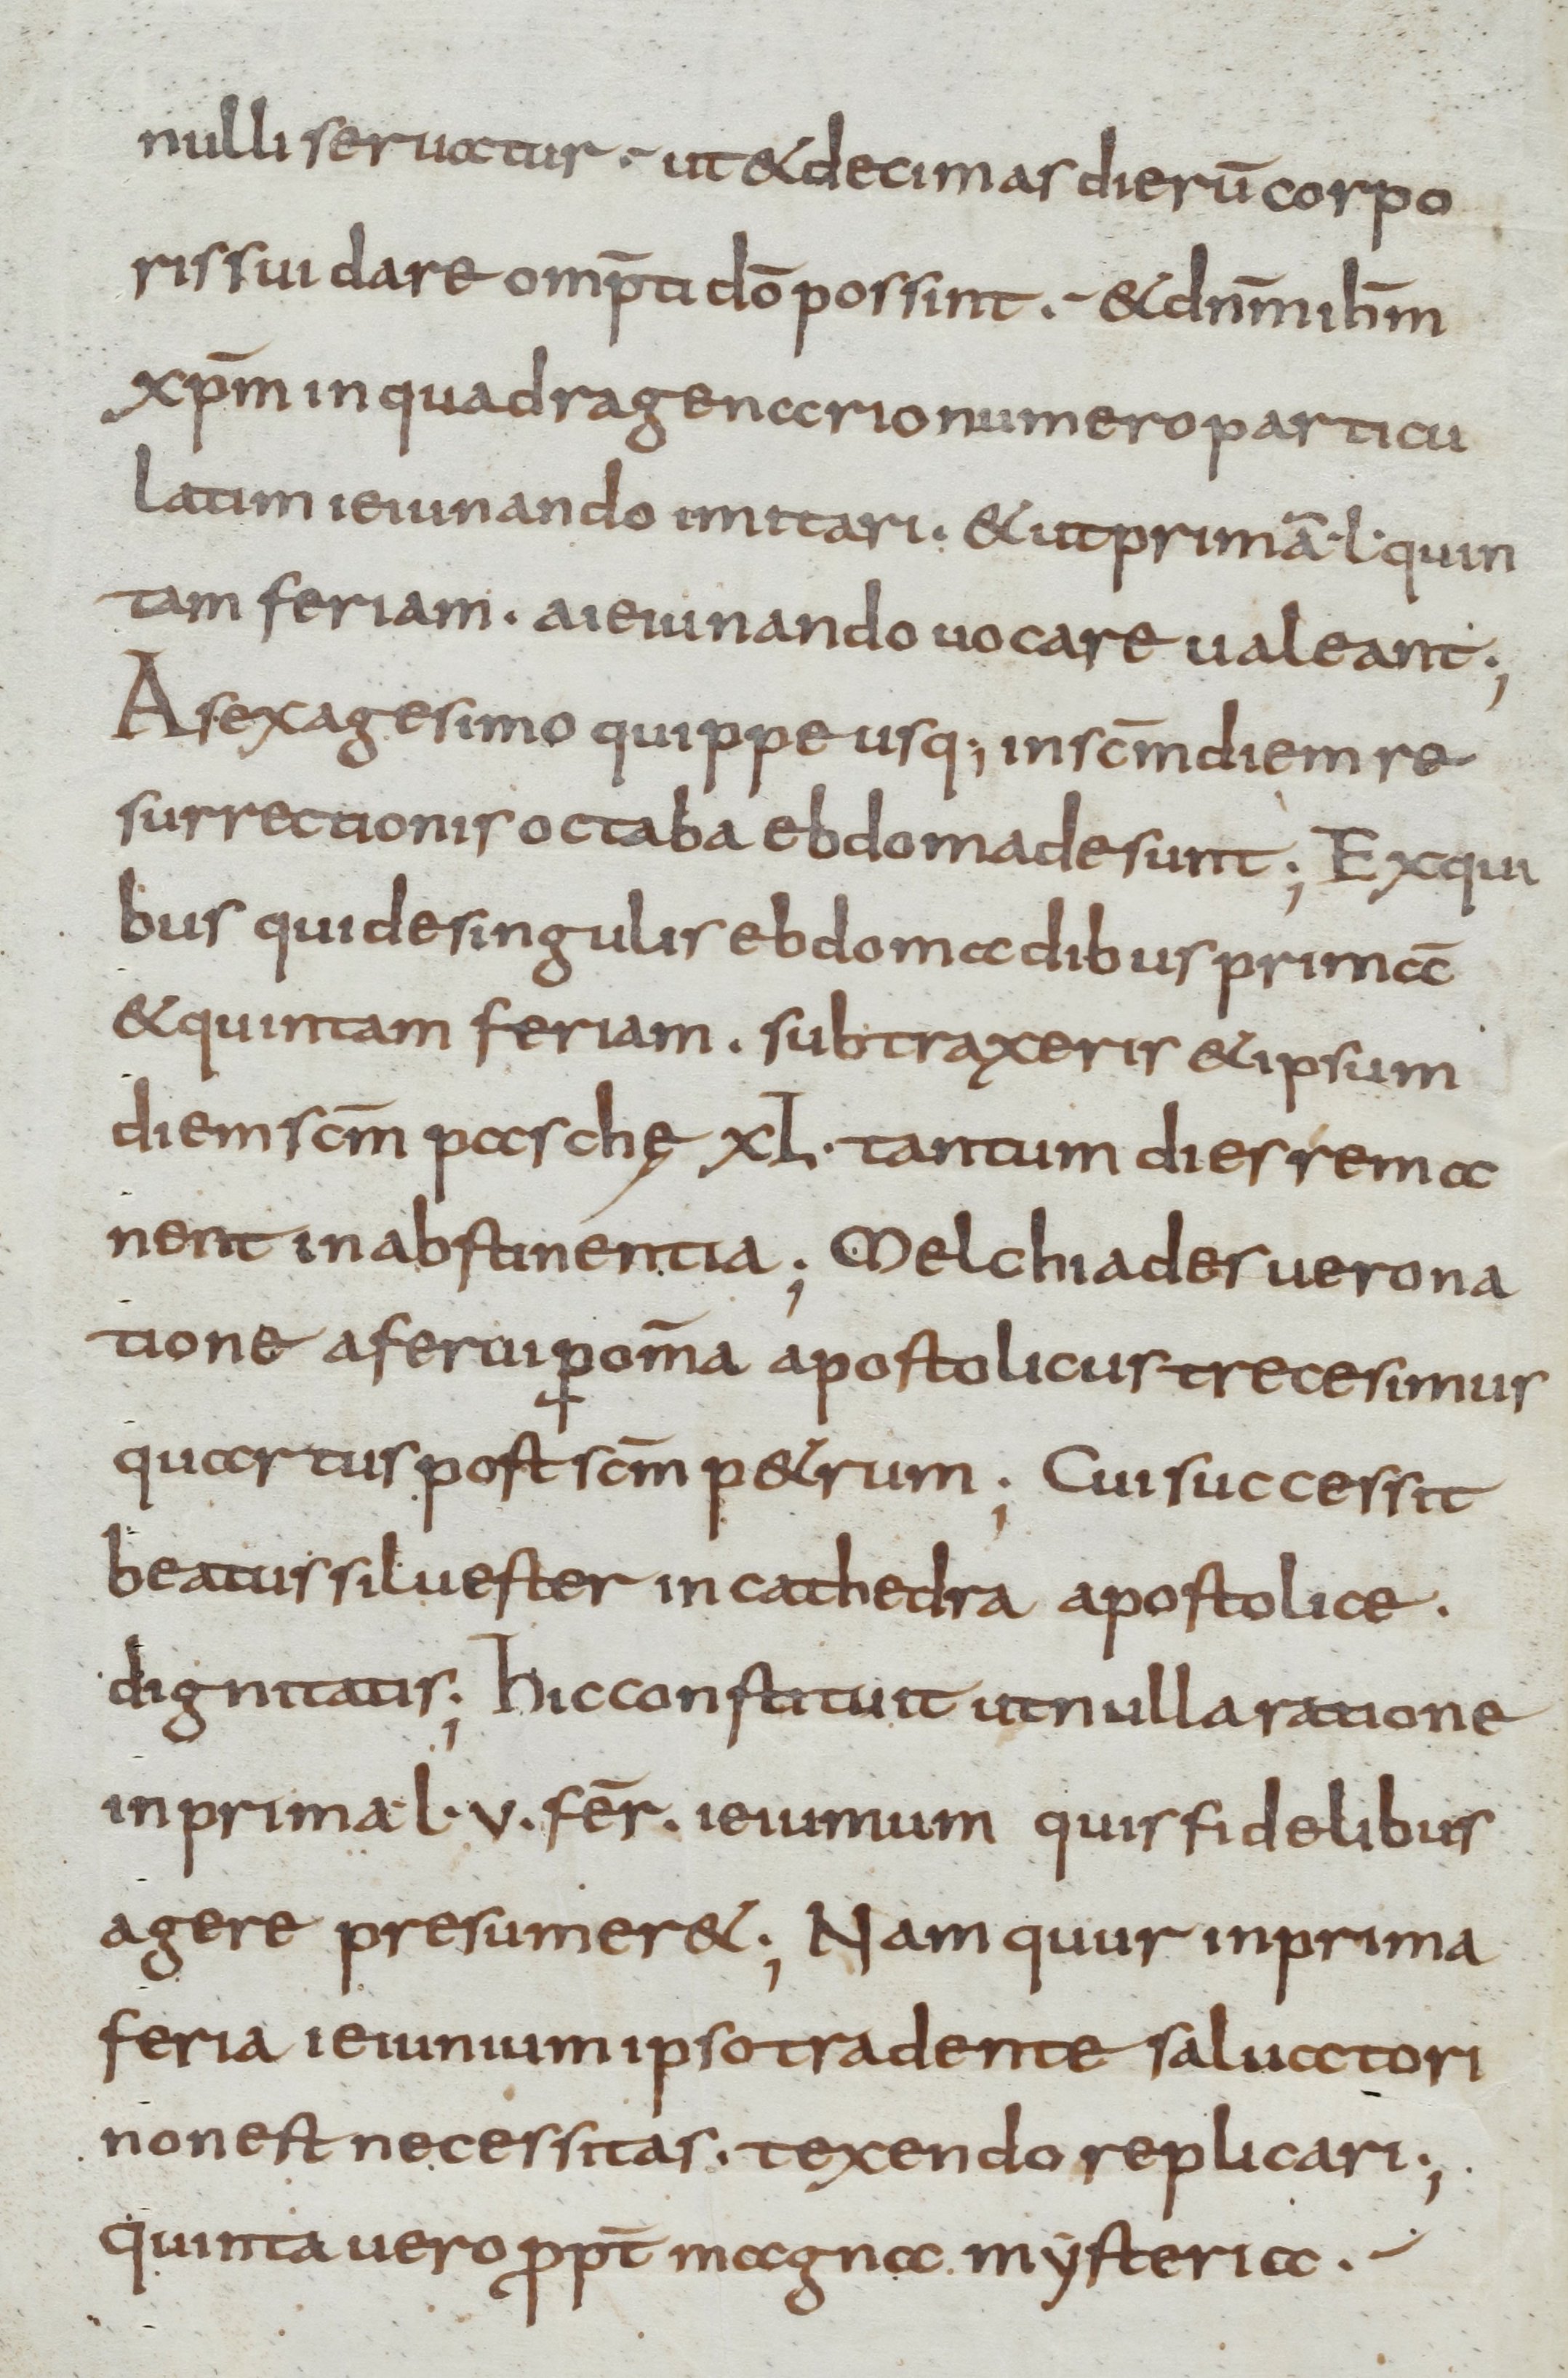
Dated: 800–899